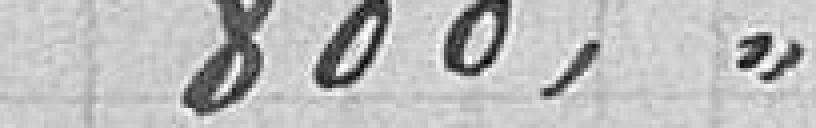
800